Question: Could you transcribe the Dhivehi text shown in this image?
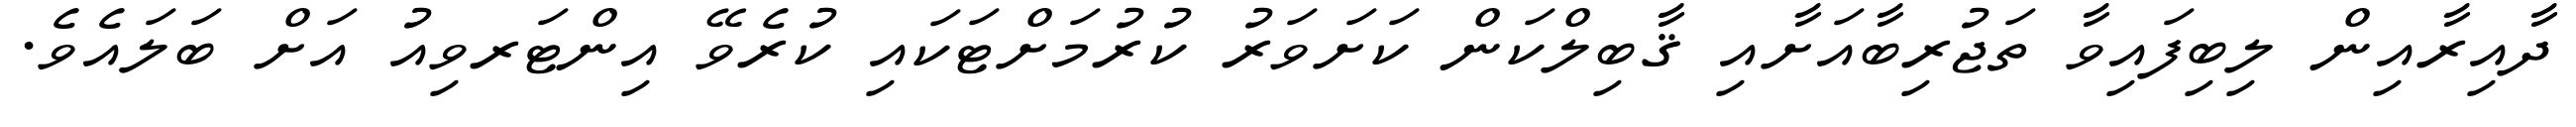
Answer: ދާއިރާއިން ލިބިފައިވާ ތަޖުރިބާއަށާއި ޤާބިލްކަން ކަށަވަރު ކުރުމަށްޓަކައި ކުރެވޭ އިންޓަރވިއު އަށް ބަލައެވެ.